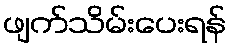
ဖျက်သိမ်းပေးရန်